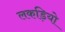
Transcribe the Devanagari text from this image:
लकड़ियो